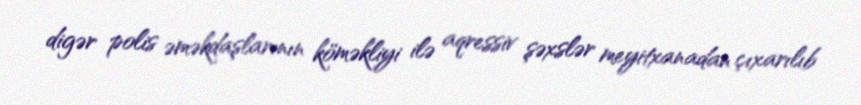
digər polis əməkdaşlarının köməkliyi ilə aqressiv şəxslər meyitxanadan çıxarılıb